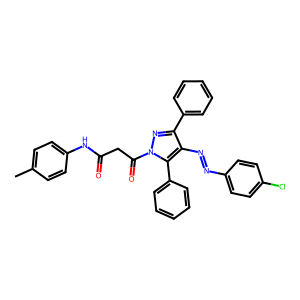
SMILES: Cc1ccc(NC(=O)CC(=O)n2nc(-c3ccccc3)c(N=Nc3ccc(Cl)cc3)c2-c2ccccc2)cc1
Inhibits HIV replication: No